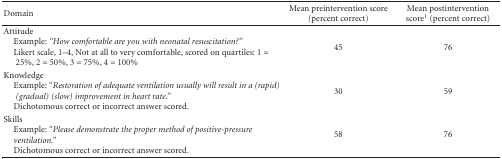
<table><thead><tr><td><b>Domain</b></td><td><b>Mean preintervention score (percent correct)</b></td><td><b>Mean postintervention score<sup>1</sup> (percent correct)</b></td></tr></thead><tbody><tr><td>Attitude Example: <i>“How comfortable are you with neonatal resuscitation?” </i> Likert scale, 1–4, Not at all to very comfortable, scored on quartiles: 1 =<i> </i> 25%, 2 = 50%, 3 = 75%, 4 = 100%</td><td>45</td><td>76</td></tr><tr><td>Knowledge Example: “<i>Restoration of adequate ventilation usually will result in a (rapid)(gradual) (slow) improvement in heart rate.”</i> Dichotomous correct or incorrect answer scored.</td><td>30</td><td>59</td></tr><tr><td>Skills Example: “<i>Please demonstrate the proper method of positive-pressure</i> <i>ventilation.”</i> Dichotomous correct or incorrect answer scored.</td><td>58</td><td>76</td></tr></tbody></table>